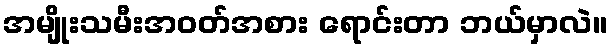
အမျိုးသမီးအဝတ်အစား ရောင်းတာ ဘယ်မှာလဲ။